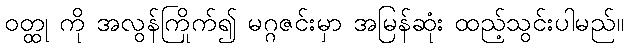
ဝတ္ထု ကို အလွန်ကြိုက်၍ မဂ္ဂဇင်းမှာ အမြန်ဆုံး ထည့်သွင်းပါမည်။